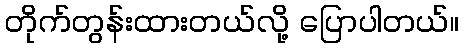
တိုက်တွန်းထားတယ်လို့ ပြောပါတယ်။